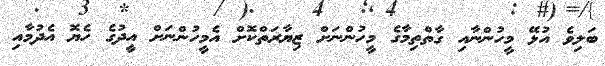
ބަލިވެ އުޅޭ މީހުންނާއި ގާތްތިމާގެ މީހުންނަށް ޒިޔާރަތްކޮށް އެމީހުންނަށް އީދުގެ ހެޔޮ އެދުމާއި